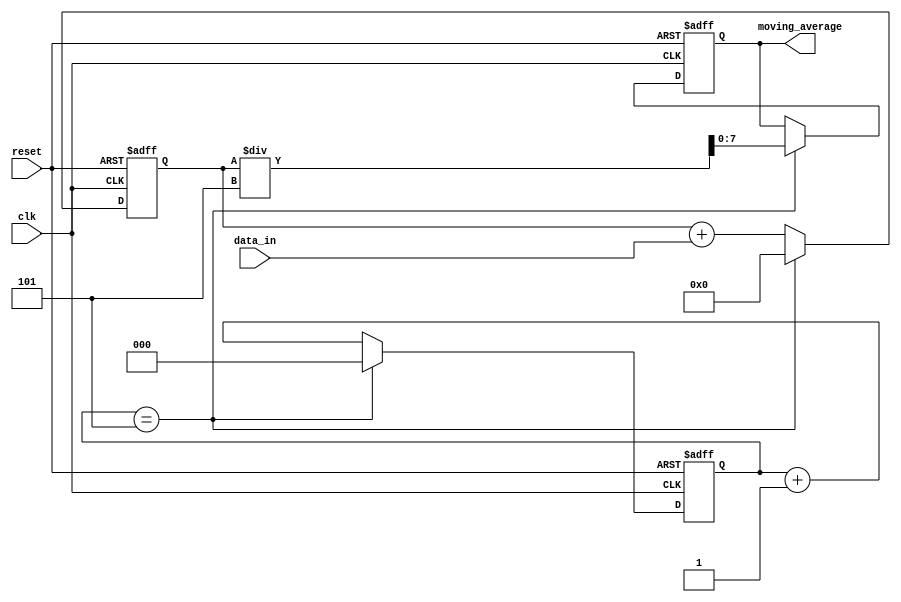
module moving_average_accumulator (
    input clk,
    input reset,
    input [7:0] data_in,
    output reg [7:0] moving_average
);

reg [7:0] sum = 0;
reg [2:0] counter = 0;

always @(posedge clk or posedge reset) begin
    if (reset) begin
        sum <= 0;
        counter <= 0;
        moving_average <= 0;
    end else begin
        sum <= sum + data_in;
        counter <= counter + 1;
        
        if (counter == 5) begin
            moving_average <= sum / 5;
            counter <= 0;
            sum <= 0;
        end
    end
end

endmodule